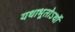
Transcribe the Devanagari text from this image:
यथाभूतोऽर्थो